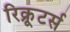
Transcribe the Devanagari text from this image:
रिक्रूटर्स